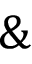
\&